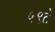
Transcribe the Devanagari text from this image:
५९ते